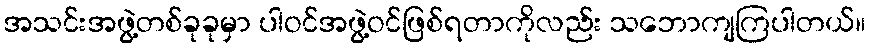
အသင်းအဖွဲ့တစ်ခုခုမှာ ပါဝင်အဖွဲ့ဝင်ဖြစ်ရတာကိုလည်း သဘောကျကြပါတယ်။